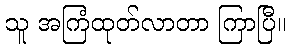
သူ အကြံထုတ်လာတာ ကြာပြီ။